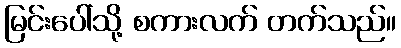
မြင်းပေါ်သို့ စကားလက် တက်သည်။